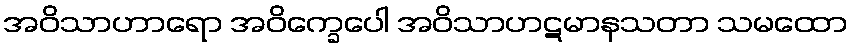
အဝိသာဟာရော အဝိက္ခေပေါ အဝိသာဟဋမာနသတာ သမထော